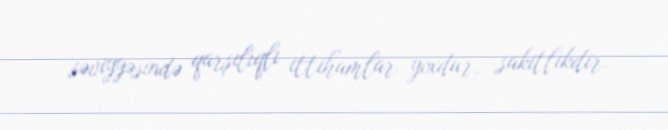
səviyyəsində qarşılıqlı ittihamlar yoxdur, sakitlikdir.